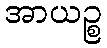
အာယဉ္စ